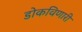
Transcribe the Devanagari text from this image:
डोकविणारी